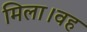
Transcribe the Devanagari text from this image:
मिला।वह